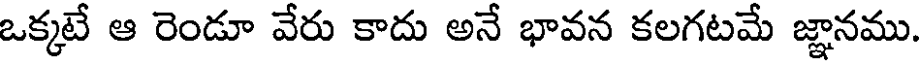
ఒక్కటే ఆ రెండూ వేరు కాదు అనే భావన కలగటమే జ్ఞానము.